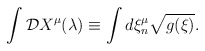
\begin{align*}\int {\cal D} X^{\mu}(\lambda) \equiv \int d\xi^{\mu}_{n} \sqrt{g(\xi)}.\end{align*}